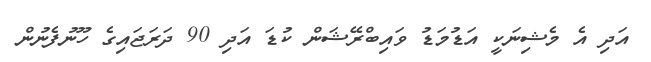
އަދި އެ މެޝިނަކީ އަޑުމަޑު ވައިބްރޭޝަން ކުޑަ އަދި 90 ދަރަޖައިގެ ހޫނުފެނުން